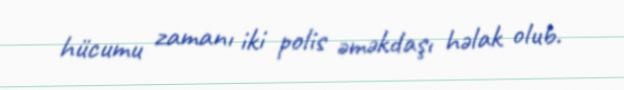
hücumu zamanı iki polis əməkdaşı həlak olub.